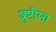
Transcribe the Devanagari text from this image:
श्रुष्टीला